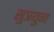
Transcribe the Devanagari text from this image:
सुत्रयुग